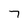
Character: 7